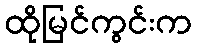
ထိုမြင်ကွင်းက